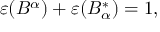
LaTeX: \varepsilon ( B ^ { \alpha } ) + \varepsilon ( B _ { \alpha } ^ { \ast } ) = 1 ,